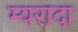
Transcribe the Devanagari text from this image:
म्यरादा